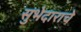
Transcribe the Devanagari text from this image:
सुभेदाराचे